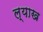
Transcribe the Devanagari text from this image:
ल्याख